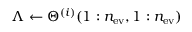
\Lambda \leftarrow \Theta ^ { ( i ) } ( 1 : n _ { \mathrm { e v } } , 1 : n _ { \mathrm { e v } } )